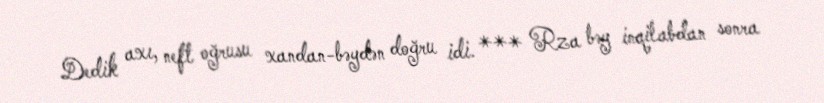
Dedik axı, neft oğrusu xandan-bəydən doğru idi. *** Rza bəy inqilabdan sonra